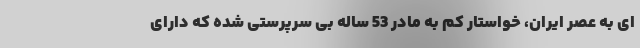
ای به عصر ایران، خواستار کم به مادر 53 ساله بی سرپرستی شده که دارای